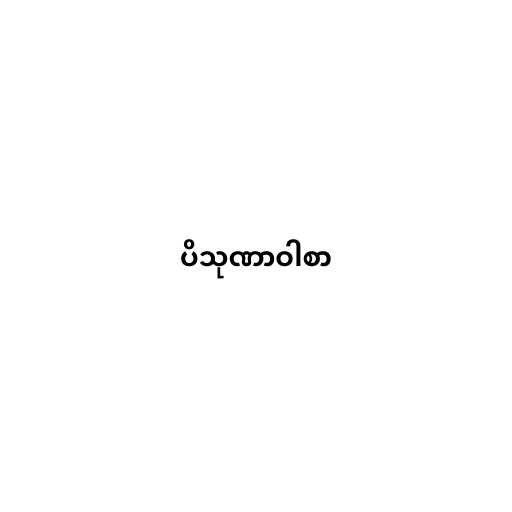
ပိသုဏာဝါစာ